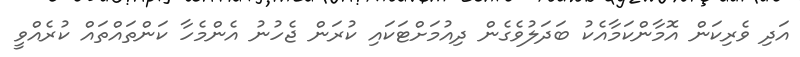
އަދި ވެރިކަން އޮމާންކަމާއެކު ބަދަލުވެގެން ދިއުމަށްޓަކައި ކުރަން ޖެހުނު އެންމެހާ ކަންތައްތައް ކުރެއްވީ